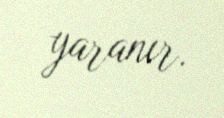
yaranır.